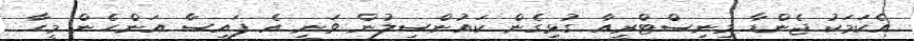
އެކަމަކު ޖެންޑާ މިނިސްޓްރީއާ ގުޅިގެން ކައުންސިލުން ވަނީ އެ ފައިސާ އަންހެން މީހާ